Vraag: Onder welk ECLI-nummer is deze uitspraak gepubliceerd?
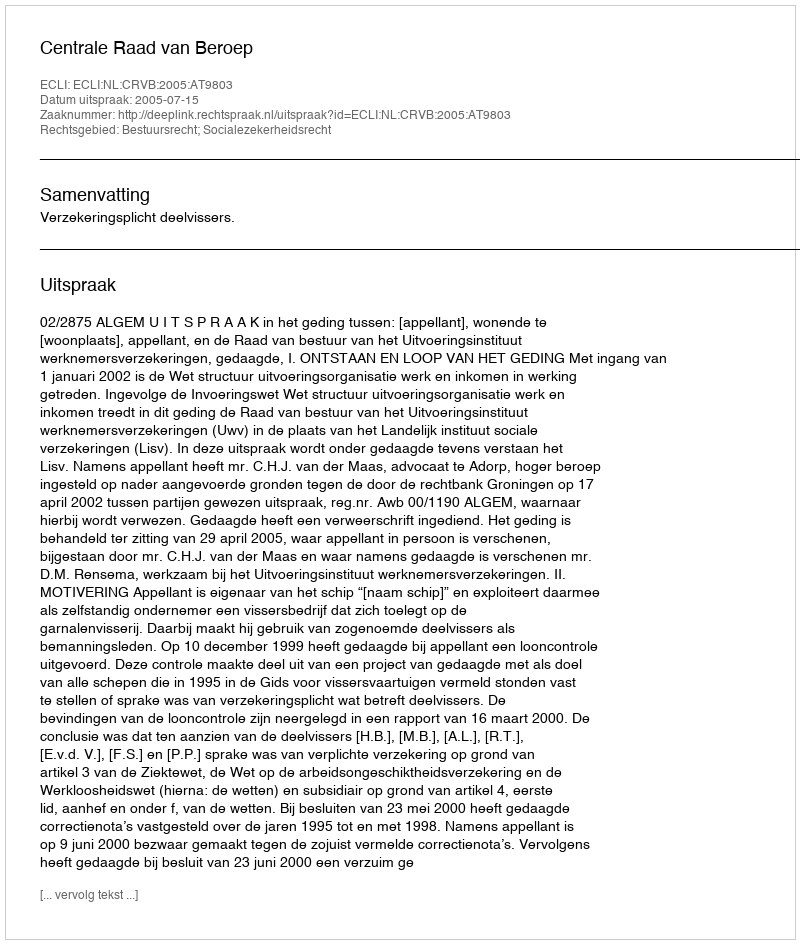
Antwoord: ECLI:NL:CRVB:2005:AT9803